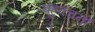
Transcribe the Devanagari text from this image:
बहुवचनों